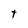
Character: t